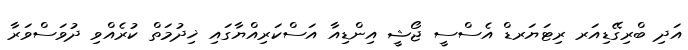
އަދި ބްރިގޭޑިއަރ ރިޓަޔަރޑް އެސްސީ ޖޯޝީ އިންޑިއާ އަސްކަރިއްޔާގައި ޚިދުމަތް ކުރެއްވި ދުވަސްވަރާ